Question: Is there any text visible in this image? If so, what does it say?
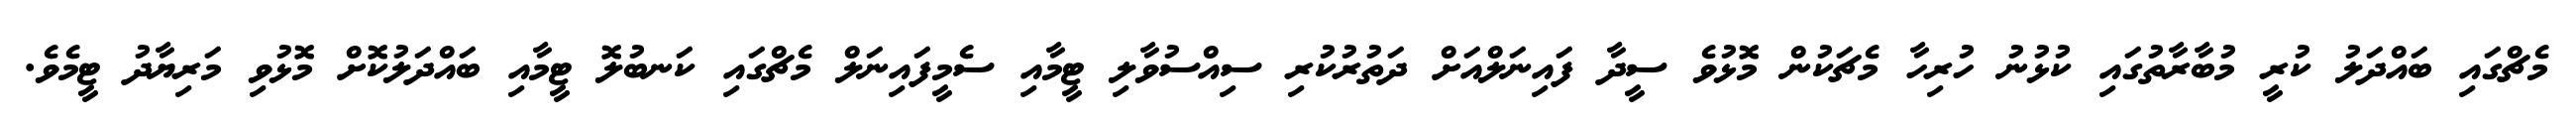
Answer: މެޗްގައި ބައްދަލު ކުރީ މުބާރާތުގައި ކުޅުނު ހުރިހާ މެޗަކުން މޮޅުވެ ސީދާ ފައިނަލްއަށް ދަތުރުކުރި ސިއްސުވާލި ޓީމާއި ސެމީފައިނަލް މެޗްގައި ކަނބުލޮ ޓީމާއި ބައްދަލުކޮށް މޮޅުވި މަރިޔާދު ޓީމެވެ.